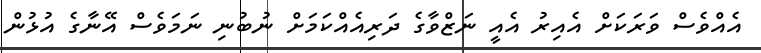
އެއްވެސް ވަރަކަށް އެއިރު އެއީ ނަޒްވާގެ ދަރިއެއްކަމަށް ނުބުނި ނަމަވެސް އޭނާގެ އުޅުން